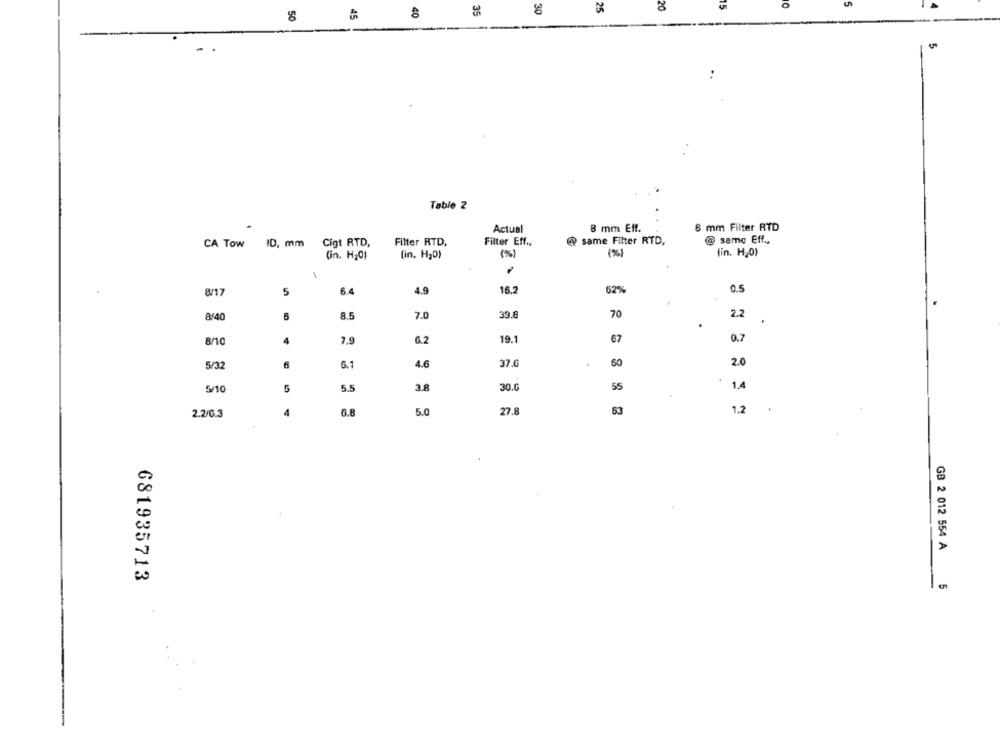
20
O
45
40
35
30
25
-
Table 2
Actual
8 mm Eff.
8 mm Filter RTD
Filter Eff .,
@ same Filter RTD.
@ same Eff .,
CA TOw
ID, mm
Cigt RTD,
Filter RTD.
(in. H20)
[in. H30)
(%)
(in. H,0)
8/17
6.4
4.9
16.2
62%
0.5
8/40
6
8.5
7.0
39.8
70
2.2
.
0.7
8/10
4
7.9
6.2
19.1
67
60
2.0
5/32
6
6.1
4.6
37.0
5/10
5.5
3.8
30.0
55
1.4
4
6.8
5.0
27.8
53
1.2
2.2/0.3
GB 2 012 554 A
681935713
5